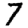
Digit: 7